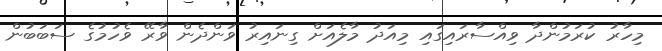
މިހާރު ކުރަމުންދާ ވިއްސާރައިގައި މިއަދު މާލެއަށް ގިނައިރު ވަންދެން ވާރޭ ވެހުމުގެ ސަބަބުން